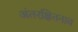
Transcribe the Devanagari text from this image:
अंतरक्षितनाव